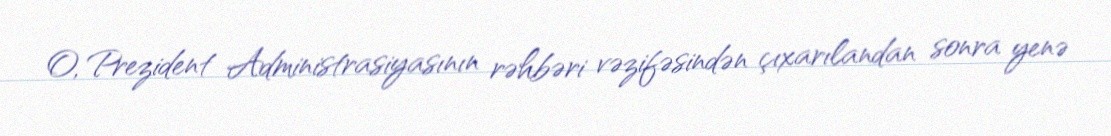
O, Prezident Administrasiyasının rəhbəri vəzifəsindən çıxarılandan sonra yenə